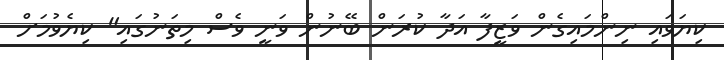
ކިޔަވައި ނިންމައިގެން ވަޒީފާ އަދާ ކުރަން ބޭނުން ވަނީ ވެސް މިތަނުގައި" ކިޔެވުމަށް